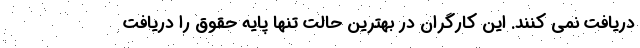
دریافت نمی کنند. این کارگران در بهترین حالت تنها پایه حقوق را دریافت